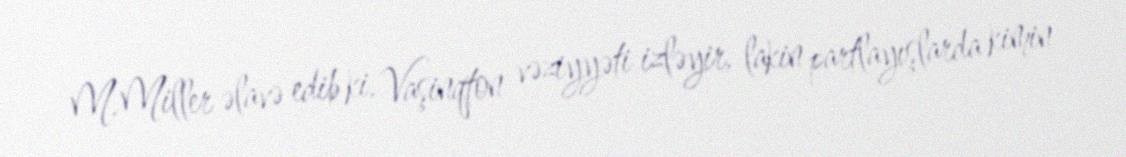
M.Miller əlavə edib ki, Vaşinqton vəziyyəti izləyir, lakin partlayışlarda kimin